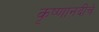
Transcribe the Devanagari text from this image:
कृष्णानदीचे